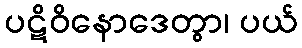
ပဋိဝိနောဒေတွာ၊ ပယ်